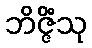
ဘိဇ္ဇိံသု